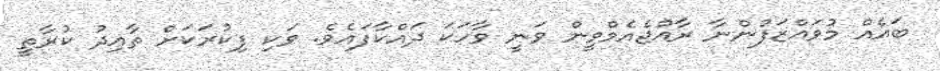
ބައެއް މުވައްޒަފުންނާ ރާއްޖެއެމްވީން ވަނީ ވާހަކަ ދައްކާފައެވެ. ވަކި ފިކުރަކަށް ތާއިދު ކުރާތީ